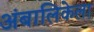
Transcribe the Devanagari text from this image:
अंबालिकेला